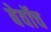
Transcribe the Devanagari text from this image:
बेवॉच